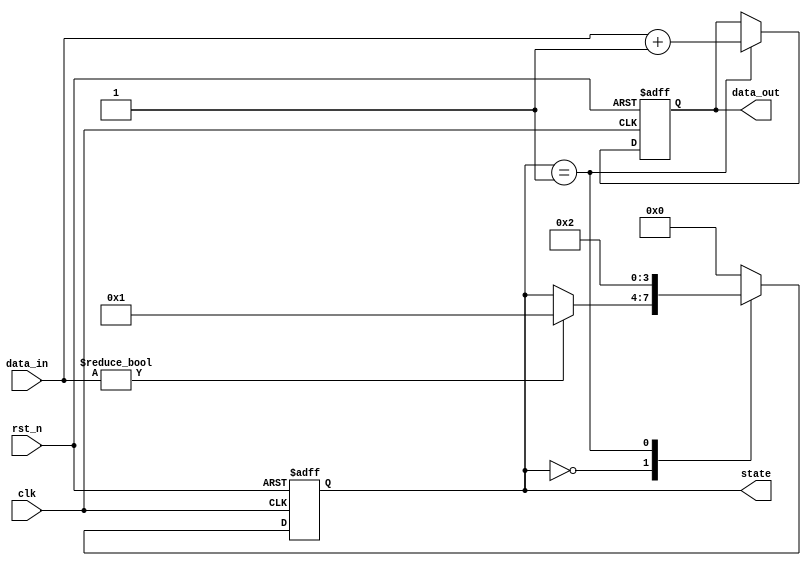
module reset_condition_block (
    input wire clk,               // Clock signal
    input wire rst_n,            // Active-low reset signal
    input wire [7:0] data_in,    // Input data signal
    output reg [7:0] data_out,    // Output data signal
    output reg [3:0] state       // Internal state variable
);

// Define states
localparam STATE_IDLE = 4'b0000;
localparam STATE_PROCESS = 4'b0001;
localparam STATE_DONE = 4'b0010;

// Initial state
initial begin
    state = STATE_IDLE;
    data_out = 8'b0;
end

// Synchronous reset logic
always @(posedge clk or negedge rst_n) begin
    if (!rst_n) begin
        // Reset condition met, set state and output to initial values
        state <= STATE_IDLE;
        data_out <= 8'b0;
    end else begin
        // Normal operation
        case (state)
            STATE_IDLE: begin
                if (data_in != 8'b0) begin
                    state <= STATE_PROCESS;
                end
            end
            
            STATE_PROCESS: begin
                // Process input data
                data_out <= data_in + 1; // Example processing: increment input
                state <= STATE_DONE;
            end
            
            STATE_DONE: begin
                // Transition back to idle after processing
                state <= STATE_IDLE;
            end
            
            default: begin
                state <= STATE_IDLE; // Fallback to idle state
            end
        endcase
    end
end

endmodule